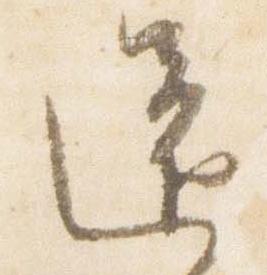
還